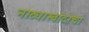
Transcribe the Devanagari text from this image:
नाट्यास्वादाचा